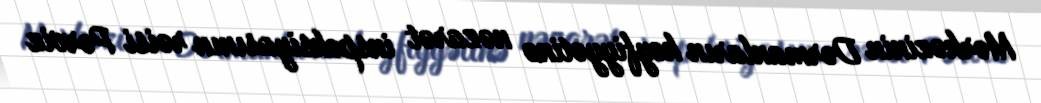
Mərkəzinin Dərmanların keyfiyyətinə nəzarət inspeksiyasının rəisi Pərviz